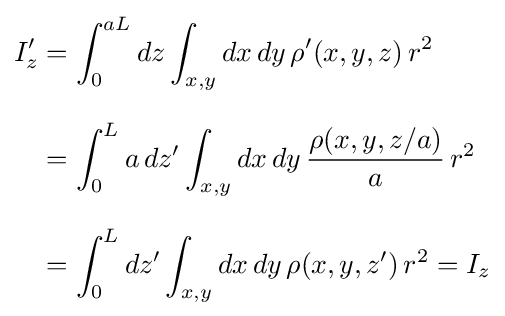
{\begin{aligned}I_{z}'&=\int _{0}^{aL}dz\int _{x,y}dx\,dy\,\rho '(x,y,z)\,r^{2}\\[8pt]&=\int _{0}^{L}a\,dz'\int _{x,y}dx\,dy\,{\frac {\rho (x,y,z/a)}{a}}\,r^{2}\\[8pt]&=\int _{0}^{L}dz'\int _{x,y}dx\,dy\,\rho (x,y,z')\,r^{2}=I_{z}\end{aligned}}